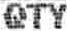
QTY